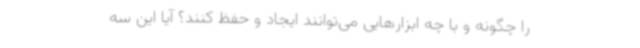
را چگونه و با چه ابزارهایی می‌توانند ایجاد و حفظ کنند؟ آیا این سه